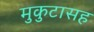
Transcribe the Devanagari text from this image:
मुकुटासह